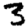
Digit: 3